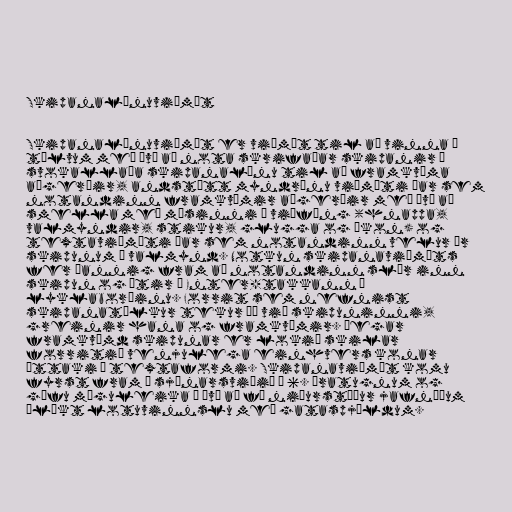
Skipanalínuviðmót

Skipanalínuviðmót er viðmót til að vinna í
tölvum með því að nota skrifaðar skipanir á
svokallaða skipanalínu til að framkvæma
aðgerðir, andstætt myndrænu viðmóti þar sem
notandinn framkvæmir aðgerðir með því að
smella með músinni á viðföng (hnappa,
valmyndir, stikur, glugga og íkon) og
textaviðmóti þar sem notandinn velur úr
skipunum í valmynd. Notkun skipanaviðmóts
fer þannig fram að notandinn slær inn
skipun og ýtir á Enter-takkann á
lyklaborðinu. Forrit sem nefnist
skipanatúlkur tekur þá við skipuninni,
greinir hana og framkvæmir. Þegar
framkvæmd skipunar er lokið skilar
forritið venjulega einhvers konar
úttaki í textaformi. Skipanaviðmót komu
fyrst fram á sjónarsviðið á 6. áratugnum og
gáfu möguleika á því að fá niðurstöður jafnóðum
ólíkt lotuvinnslu með gataspjöldum.